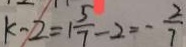
k - 2 = 1 \frac { 5 } { 7 } - 2 = - \frac { 2 } { 7 }